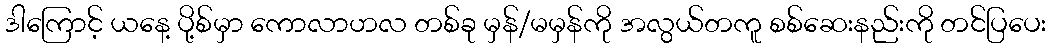
ဒါကြောင့် ယနေ့ ပို့စ်မှာ ကောလာဟလ တစ်ခု မှန်/မမှန်ကို အလွယ်တကူ စစ်ဆေးနည်းကို တင်ပြပေး